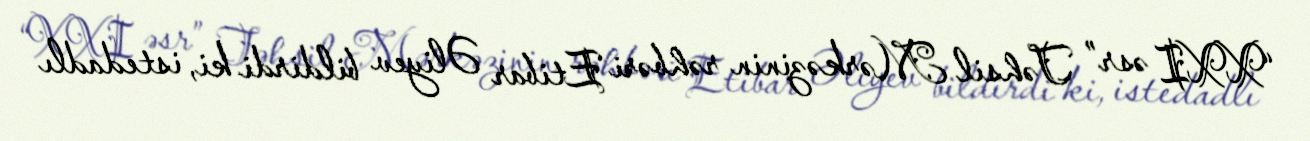
“XXI əsr” Təhsil Mərkəzinin rəhbəri Etibar Əliyev bildirdi ki, istedadlı